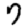
Digit: 7